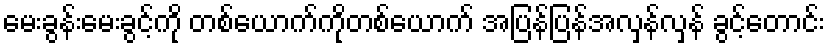
မေးခွန်းမေးခွင့်ကို တစ်ယောက်ကိုတစ်ယောက် အပြန်ပြန်အလှန်လှန် ခွင့်တောင်း